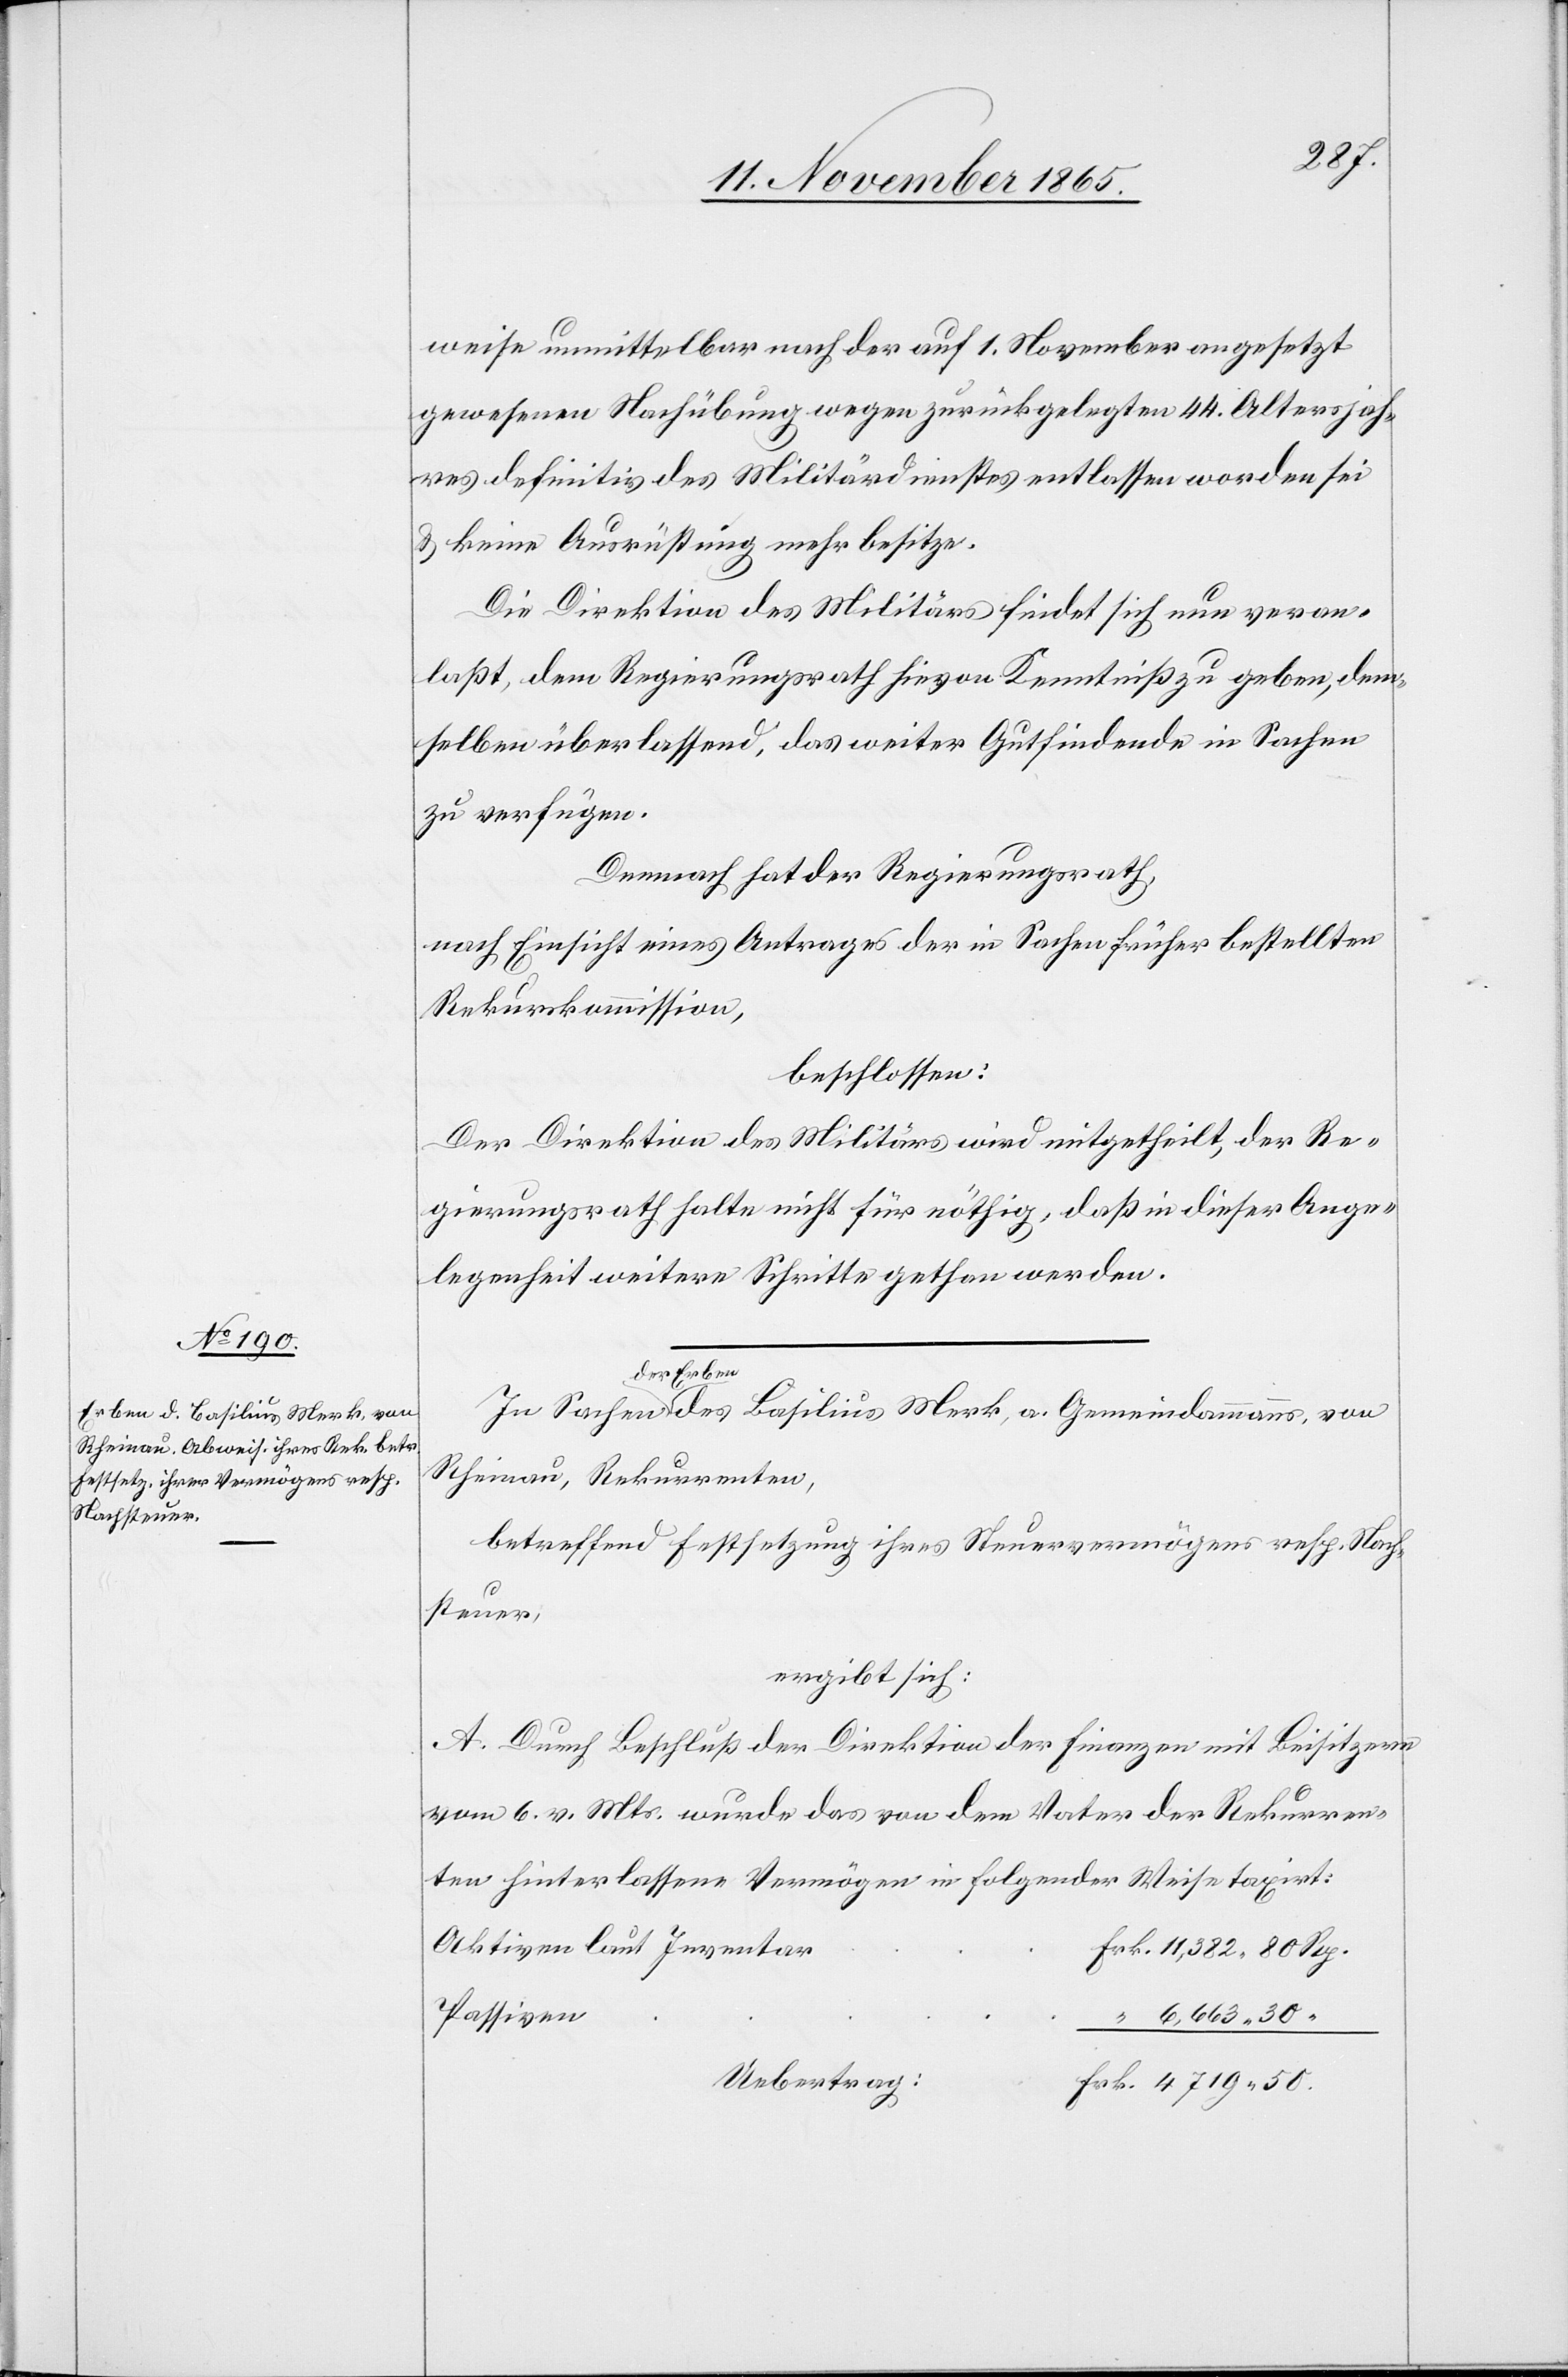
weise unmittelbar nach der auf 1. November angesetzt
gewesenen Nachübung wegen zurückgelegten 44. Altersjah¬
res definitiv des Militärdienstes entlassen worden sei
& keine Ausrüstung mehr besitze.
Die Direktion des Militärs findet sich nun veran¬
laßt, dem Regierungsrath hievon Kenntniß zu geben, dem¬
selben überlassend, das weiter Gutfindende in Sachen
zu verfügen.
Demnach hat der Regierungsrath,
nach Einsicht eines Antrages der in Sachen früher bestellten
Rekurskommission,
beschlossen:
Der Direktion des Militärs wird mitgetheilt, der Re¬
gierungsrath halte nicht für nöthig, daß in dieser Ange¬
legenheit weitere Schritte gethan werden.
der Erben
Rheinau, Rekurrenten,
betreffend Festsetzung ihres Steuervermögens resp. Nach¬
steuer,
ergibt sich:
A. Durch Beschluß der Direktion der Finanzen mit Beisitzern
vom 6. v. Mts. wurde das von dem Vater der Rekurren¬
ten hinterlassene Vermögen in folgender Weise taxirt:
Aktiven laut Inventar
Passiven
Gemeindammanns,
Uebertrag: